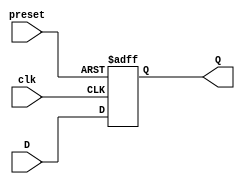
module DFF_preset (
    input D,
    input preset,
    input clk,
    output reg Q
);

always @(posedge clk or posedge preset) begin
    if (preset) begin
        Q <= 1'b1;
    end else begin
        Q <= D;
    end
end

endmodule